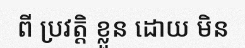
ពី ប្រវត្តិ ខ្លួន ដោយ មិន